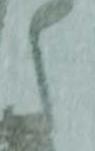
之